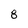
Character: 8